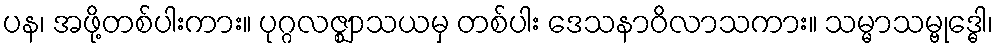
ပန၊ အဖို့တစ်ပါးကား။ ပုဂ္ဂလဇ္ဈာသယမှ တစ်ပါး ဒေသနာဝိလာသကား။ သမ္မာသမ္ဗုဒ္ဓေါ၊